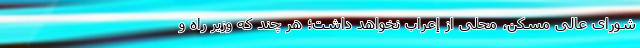
شورای عالی مسکن، محلی از إعراب نخواهد داشت؛ هر چند که وزیر راه و